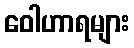
ဝေါဟာရများ